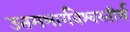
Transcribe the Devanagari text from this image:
उत्तमभार्गवेश्वरतीर्थ